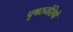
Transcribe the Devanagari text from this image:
पृषठवंशियों